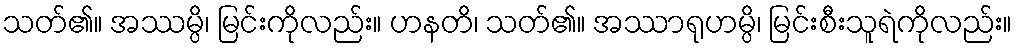
သတ်၏။ အဿမ္ပိ၊ မြင်းကိုလည်း။ ဟနတိ၊ သတ်၏။ အဿာရုဟမ္ပိ၊ မြင်းစီးသူရဲကိုလည်း။